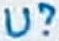
Text: U?